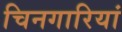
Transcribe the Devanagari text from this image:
चिनगारियां